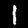
Label: 1